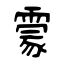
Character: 霥